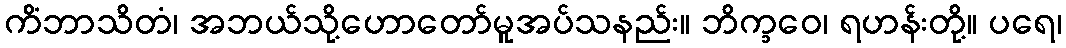
ကိံဘာသိတံ၊ အဘယ်သို့ဟောတော်မူအပ်သနည်း။ ဘိက္ခဝေ၊ ရဟန်းတို့။ ပရေ၊